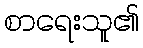
စာရေးသူ၏